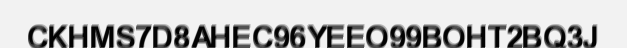
CKHMS7D8AHEC96YEEO99BOHT2BQ3J